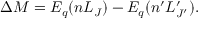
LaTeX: \Delta M = E _ { q } ( n L _ { J } ) - E _ { q } ( n ^ { \prime } L _ { J ^ { \prime } } ^ { \prime } ) .